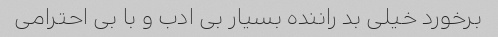
برخورد خیلی بد راننده بسیار بی ادب و با بی احترامی